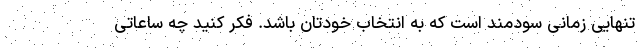
تنهایی زمانی سودمند است که به انتخاب خودتان باشد. فکر کنید چه ساعاتی